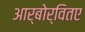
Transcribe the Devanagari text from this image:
आर्बोर्वितए